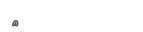
٦